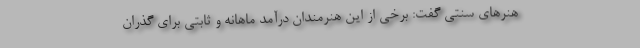
هنرهای سنتی گفت: برخی از این هنرمندان درآمد ماهانه و ثابتی برای گذران